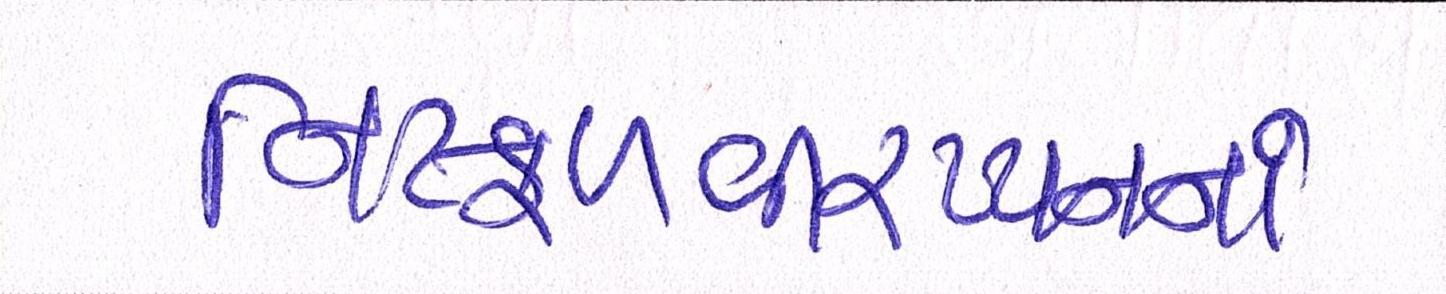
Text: નિષ્ફળવીરપ્પનના